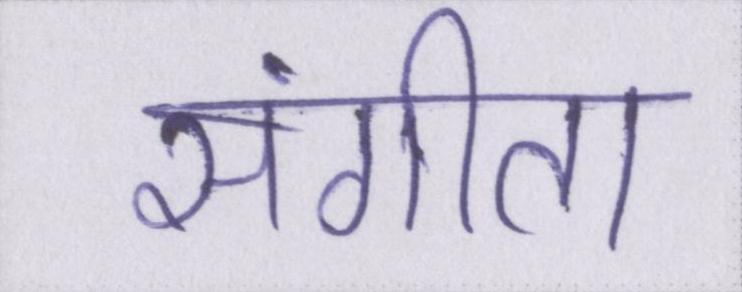
संगीता